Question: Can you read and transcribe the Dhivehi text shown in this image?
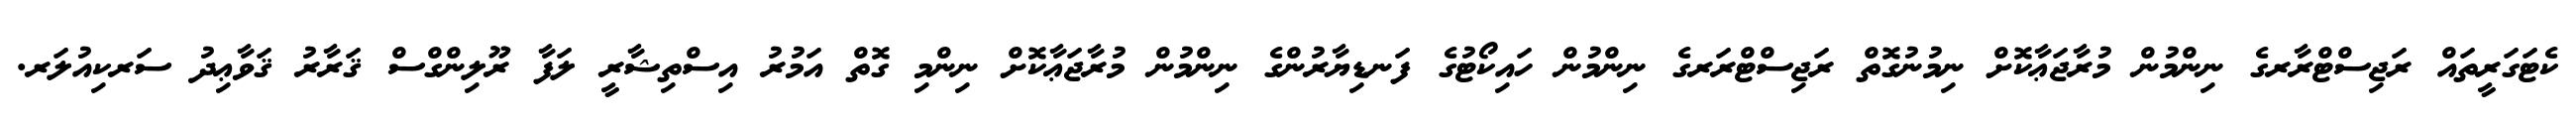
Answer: ކެޓަގަރީތައް ރަޖިސްޓްރާރގެ ނިންމުން މުރާޖަޢާކޮށް ނިމުނުގޮތް ރަޖިސްޓްރަރގެ ނިންމުން ހައިކޯޓުގެ ފަނޑިޔާރުންގެ ނިންމުން މުރާޖަޢާކޮށް ނިންމި ގޮތް އަމުރު އިސްތިޝާރީ ލަފާ ރޫލިންގްސް ޤަރާރު ޤަވާޢިދު ސަރކިއުލަރ.